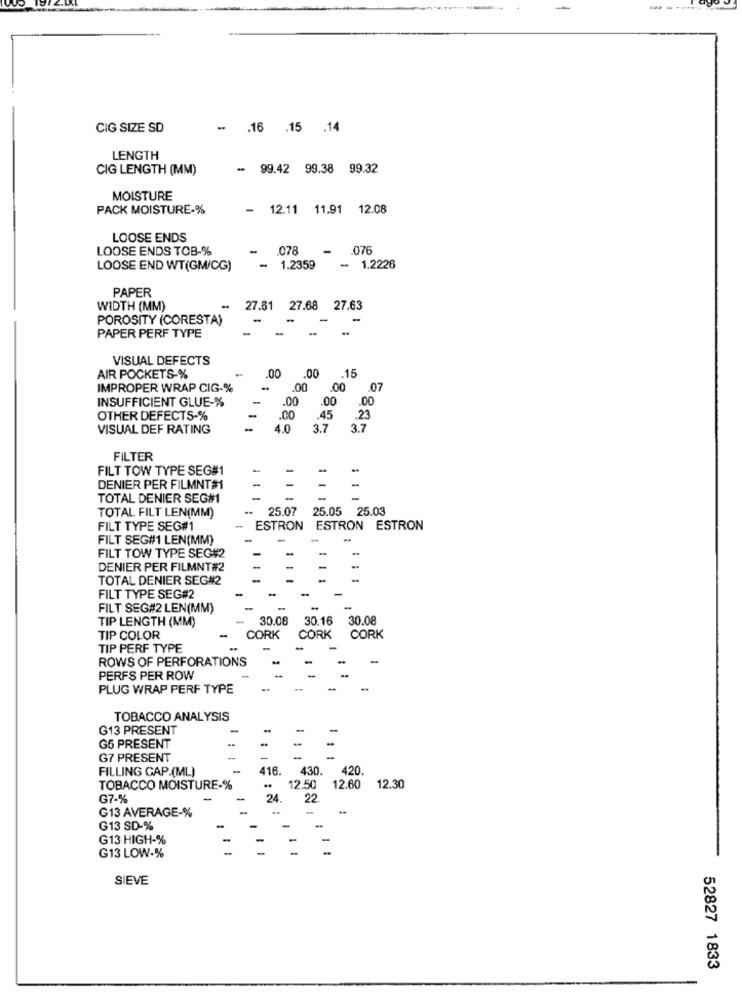
CIG SIZE SD
- . 16 .15 .14
LENGTH
CIG LENGTH (MM)
- 99.42 99.38 99.32
MOISTURE
PACK MOISTURE-%
-
12.11 11.91 12.08
LOOSE ENDS
LOOSE ENDS TOB-%
-
.078
.076
LOOSE END WT(GM/CG)
- 1.2359
1.2226
PAPER
WIDTH (MM)
-
27.61 27.68 27.63
POROSITY (CORESTA)
-
PAPER PERF TYPE
VISUAL DEFECTS
0.15
AIR POCKETS-%
.00
IMPROPER WRAP CIG-%
.00
.07
INSUFFICIENT GLUE-%
.00
.00
-
.00
OTHER DEFECTS-%
.00
.45
.23
VISUAL DEF RATING
4.0
3.7
3.7
FILTER
FILT TOW TYPE SEG#1
-
DENIER PER FILMNT#1
-
-
-
TOTAL DENIER SEG#1
-
25.07 25.05 25.03
TOTAL FILT LEN(MM)
FILT TYPE SEG#1
ESTRON ESTRON ESTRON
FILT SEG#1 LEN(MM)
FILT TOW TYPE SEG#2
DENIER PER FILMNT#2
TOTAL DENIER SEG#2
FILT TYPE SEG#2
FILT SEG#2 LEN(MM)
TIP LENGTH (MM)
30.08
30.16
30.08
TIP COLOR
CORK
CORK
CORK
TIP PERF TYPE
ROWS OF PERFORATIONS
PERFS PER ROW
PLUG WRAP PERF TYPE
TOBACCO ANALYSIS
G13 PRESENT
..
G5 PRESENT
G7 PRESENT
FILLING GAP.(ML)
116.
430.
420
TOBACCO MOISTURE-%
12.50 12.60
12.30
G7-%
24
22.
G13 AVERAGE-%
G13 SD-%
G13 HIGH-%
G13 LOW-%
SIEVE
52827 1833